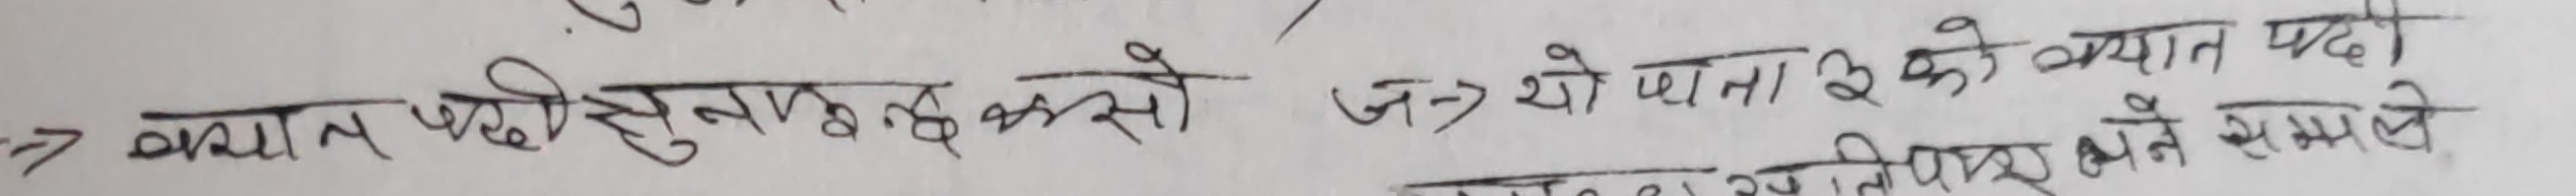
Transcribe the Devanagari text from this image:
-> क्यात पढी सुनाउ रुसे
उ-> शो पाना ३ के व्यक्त पढी
मैले सम्भाले